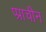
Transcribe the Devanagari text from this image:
प्प्राचीन